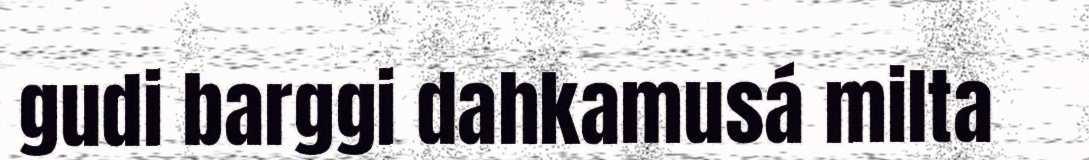
gudi barggi dahkamusá milta